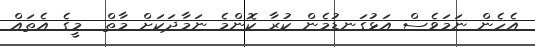
އެހެން ނަމަވެސް އަޅުގަނޑުމެން ކުރާ ކޮންމެ ނަމާދަކަށް މާތް  މީގެ އެތައް